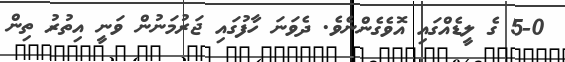
5-0 ގެ ލީޑެއްގައި އޮވެގެންނެވެ. ދެވަނަ ހާފުގައި ޖަރުމަނުން ވަނީ އިތުރު ތިން